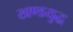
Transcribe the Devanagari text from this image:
खण्डयुद्ध